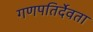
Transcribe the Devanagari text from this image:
गणपतिर्देवता